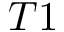
T 1